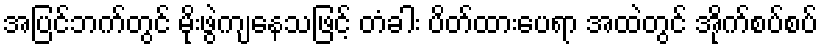
အပြင်ဘက်တွင် မိုးဖွဲကျနေသဖြင့် တံခါး ပိတ်ထားပေရာ အထဲတွင် အိုက်စပ်စပ်